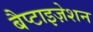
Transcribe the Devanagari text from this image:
बैप्टाइज़ेशन